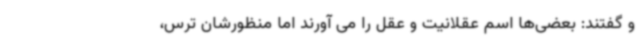
و گفتند: بعضی‌ها اسم عقلانیت و عقل را می آورند اما منظورشان ترس،